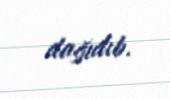
dağıdıb.